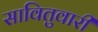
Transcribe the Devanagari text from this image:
सावितुवारी